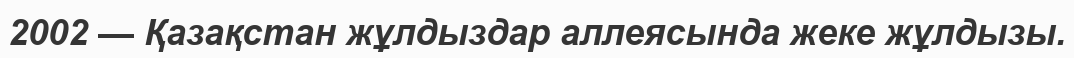
2002 — Қазақстан жұлдыздар аллеясында жеке жұлдызы.